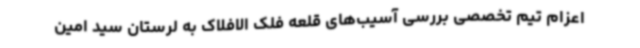
اعزام تیم تخصصی بررسی آسیب‌های قلعه فلک الافلاک به لرستان سید امین